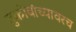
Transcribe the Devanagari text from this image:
तुकोबांच्यावरच